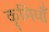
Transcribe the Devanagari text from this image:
कृमियाँ